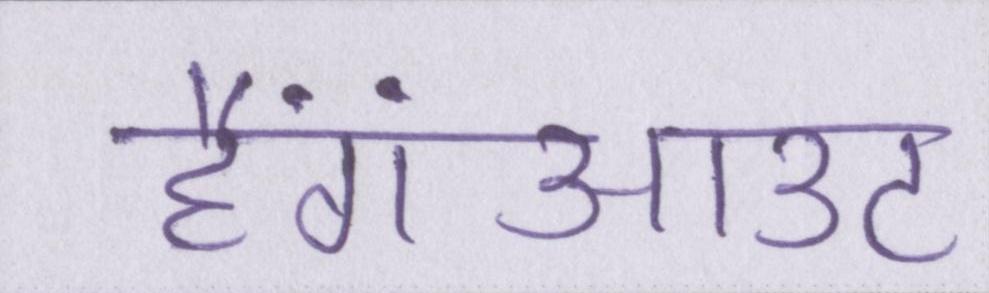
हैंगआउट